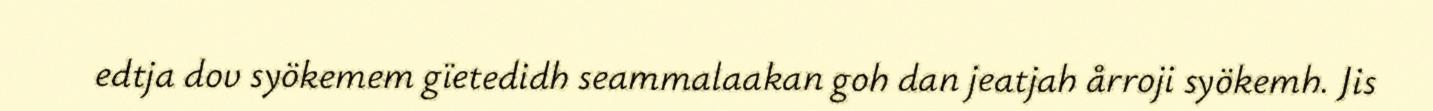
edtja dov syökemem gïetedidh seammalaakan goh dan jeatjah årroji syökemh. Jis